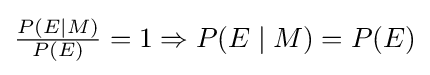
{\textstyle {\frac {P(E\mid M)}{P(E)}}=1\Rightarrow P(E\mid M)=P(E)}